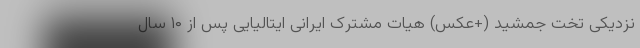
نزدیکی تخت‌ جمشید (+عکس) هیات مشترک ایرانی ایتالیایی پس از ۱۰ سال